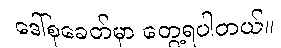
ဒေါ်စုခေတ်မှာ တွေ့ရပါတယ်။